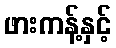
ဖားကန့်နှင့်